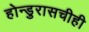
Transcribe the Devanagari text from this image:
होन्डुरासचीही